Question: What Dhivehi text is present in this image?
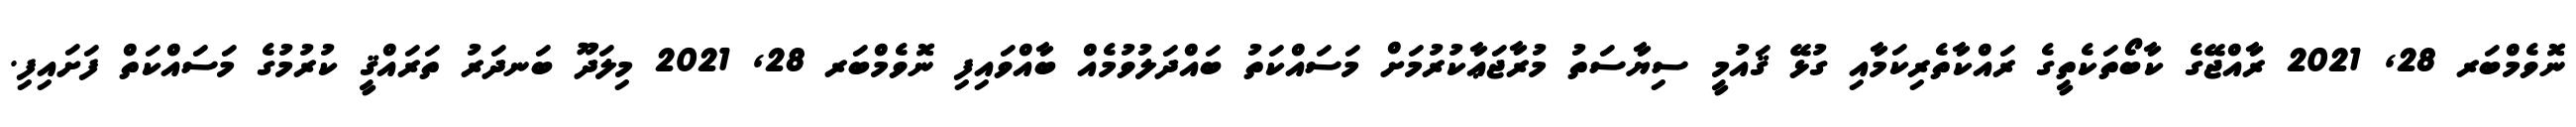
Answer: ނޮވެމްބަރ 28, 2021 ރާއްޖޭގެ ކާބޯތަކެތީގެ ރައްކާތެރިކަމާއި ގުޅޭ ޤައުމީ ސިޔާސަތު މުރާޖަޢާކުރުމަށް މަސައްކަތު ބައްދަލުވުމެއް ބާއްވައިފި ނޮވެމްބަރ 28, 2021 މިލަދޫ ބަނދަރު ތަރައްޤީ ކުރުމުގެ މަސައްކަތް ފަށައިފި.